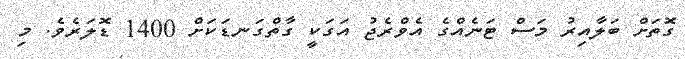
ގޮތަށް ބަލާއިރު މަސް ޓަނެއްގެ އެވްރެޖު އަގަކީ ގާތްގަނޑަކަށް 1400 ޑޮލަރެވެ. މި